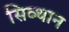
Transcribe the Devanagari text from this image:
सिव्थान